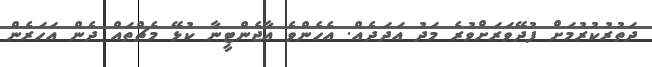
ދަތުރުކުރުމަށް ފުދޭވަރަށްވުރެ މަދު އަދަދެއް. އެހެންވެ އާޖެންޓީނާ ކުޅޭ މެޗްތައް ދެން އަހަރެން